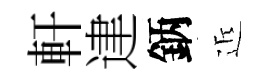
軒䢖鈵近